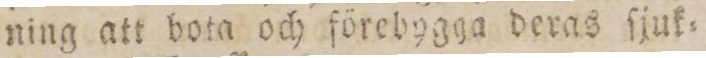
ning att bota och förebygga deras ſjuk=